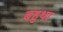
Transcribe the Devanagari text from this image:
बहुथा